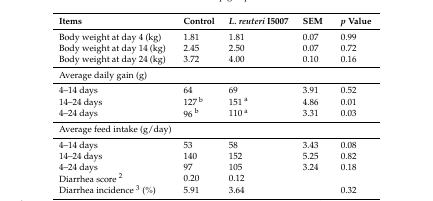
<table><thead><tr><td><b>Items</b></td><td><b>Control</b></td><td><b><i>L. reuteri</i> I5007</b></td><td><b>SEM</b></td><td><b><i>p</i> Value</b></td></tr></thead><tbody><tr><td>Body weight at day 4 (kg)</td><td>1.81</td><td>1.81</td><td>0.07</td><td>0.99</td></tr><tr><td>Body weight at day 14 (kg)</td><td>2.45</td><td>2.50</td><td>0.07</td><td>0.72</td></tr><tr><td>Body weight at day 24 (kg)</td><td>3.72</td><td>4.00</td><td>0.10</td><td>0.16</td></tr><tr><td colspan="5">Average daily gain (g)</td></tr><tr><td>4–14 days</td><td>64</td><td>69</td><td>3.91</td><td>0.52</td></tr><tr><td>14–24 days</td><td>127 <sup>b</sup></td><td>151 <sup>a</sup></td><td>4.86</td><td>0.01</td></tr><tr><td>4–24 days</td><td>96 <sup>b</sup></td><td>110 <sup>a</sup></td><td>3.31</td><td>0.03</td></tr><tr><td colspan="5">Average feed intake (g/day)</td></tr><tr><td>4–14 days</td><td>53</td><td>58</td><td>3.43</td><td>0.08</td></tr><tr><td>14–24 days</td><td>140</td><td>152</td><td>5.25</td><td>0.82</td></tr><tr><td>4–24 days</td><td>97</td><td>105</td><td>3.24</td><td>0.18</td></tr><tr><td>Diarrhea score <sup>2</sup></td><td>0.20</td><td>0.12</td><td></td><td></td></tr><tr><td>Diarrhea incidence <sup>3</sup> (%)</td><td>5.91</td><td>3.64</td><td></td><td>0.32</td></tr></tbody></table>